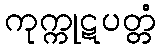
ကုက္ကုဋပတ္တံ